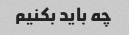
چه باید بکنیم